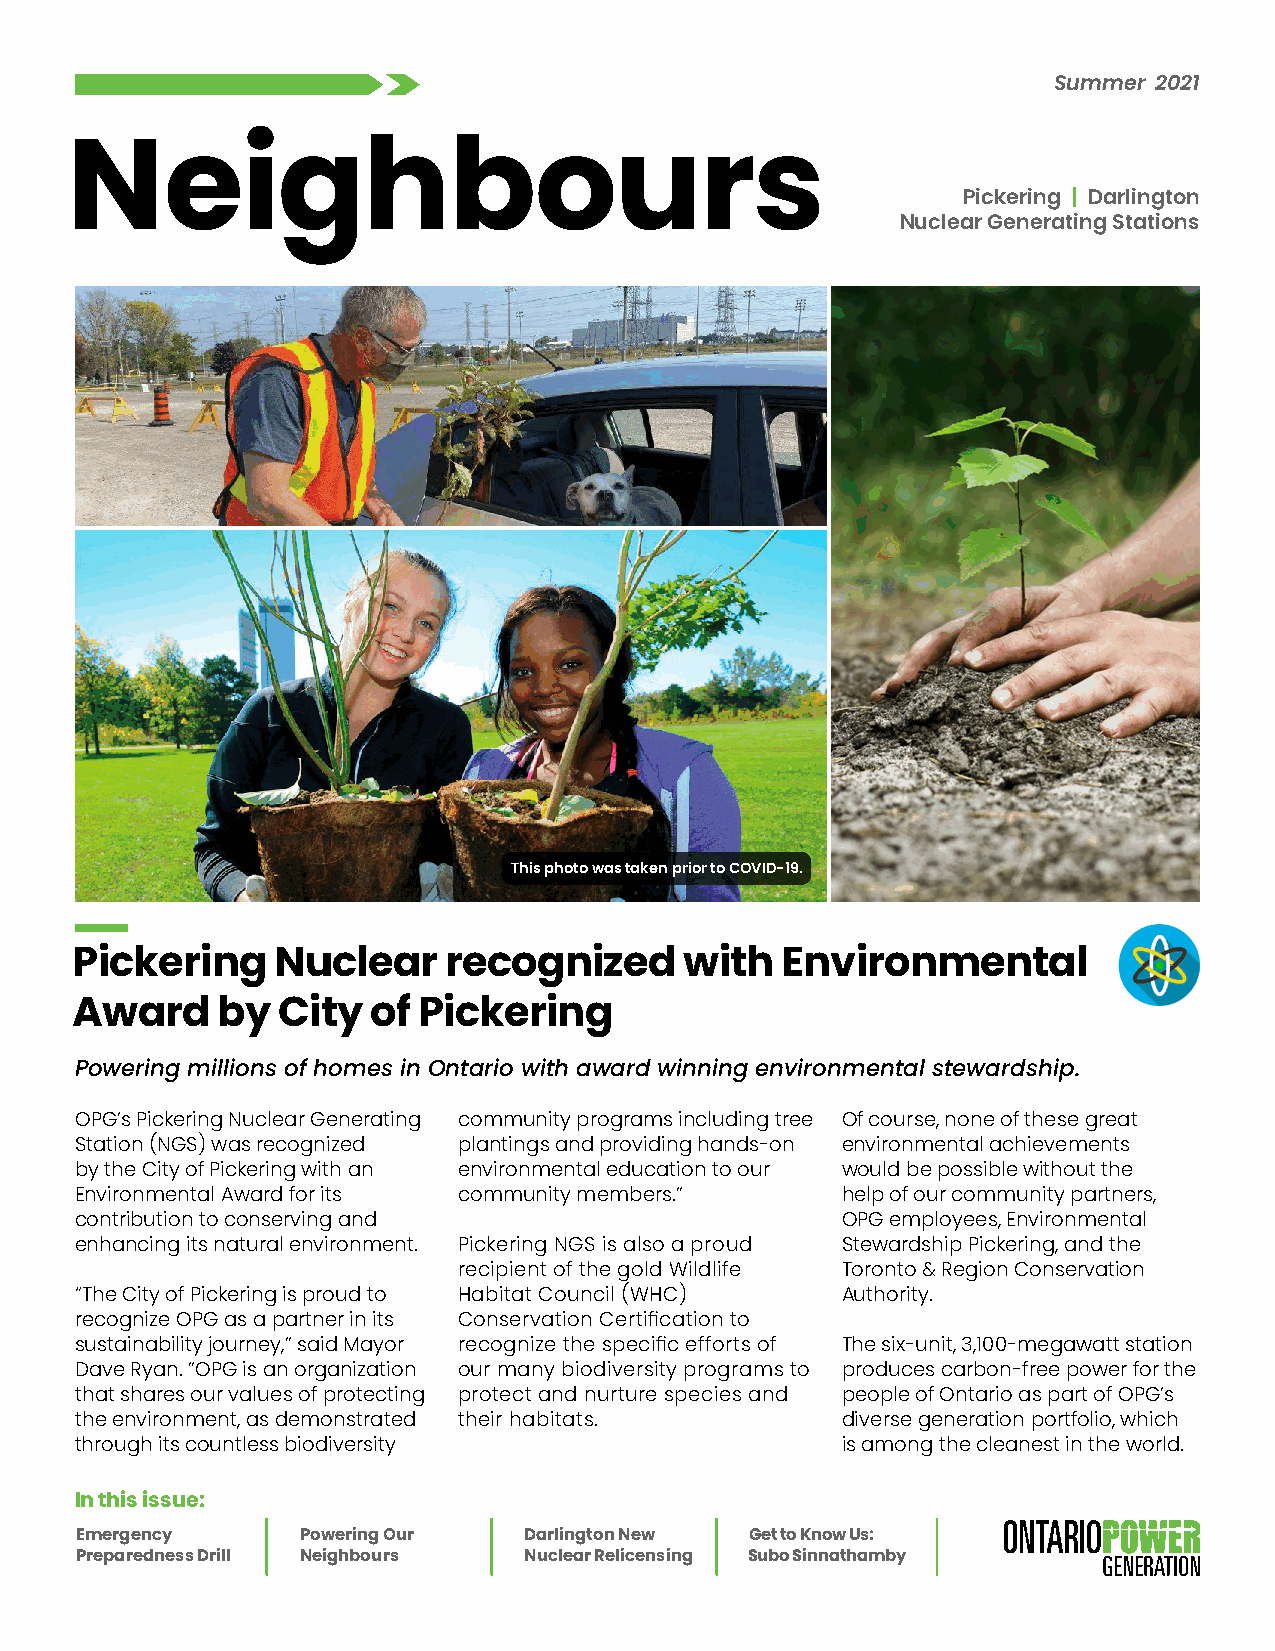
Summer 2021
 Neighbours
 Pickering | Darlington
 Nuclear Generating Stations
 This photo was taken prior to COVID-19.
 Pickering    Nuclear    recognized      with   Environmental
 Award    by  City   of Pickering
 Powering millions of homes in Ontario with award winning environmental stewardship.
 OPG’s Pickering Nuclear Generating community programs including tree Of course, none of these great
 Station (NGS) was recognized plantings and providing hands-on environmental achievements
 by the City of Pickering with an environmental education to our would be possible without the
 Environmental Award for its community members.”    help of our community partners,
 contribution to conserving and                     OPG employees, Environmental
 enhancing its natural environment. Pickering NGS is also a proud Stewardship Pickering, and the
 recipient of the gold Wildlife Toronto & Region Conservation
 “The City of Pickering is proud to Habitat Council (WHC) Authority.
 recognize OPG as a partner in its Conservation Certification to
 sustainability journey,” said Mayor recognize the specific efforts of The six-unit, 3,100-megawatt station
 Dave Ryan. ”OPG is an organization our many biodiversity programs to produces carbon-free power for the
 that shares our values of protecting protect and nurture species and people of Ontario as part of OPG’s
 the environment, as demonstrated their habitats.   diverse generation portfolio, which
 through its countless biodiversity                 is among the cleanest in the world.
 In this issue:
 Emergency      Powering Our   Darlington New Get to Know Us:
 Preparedness Drill Neighbours Nuclear Relicensing Subo Sinnathamby